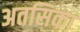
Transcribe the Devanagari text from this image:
अतसिका